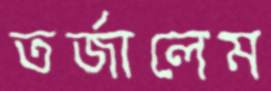
তর্জালেম